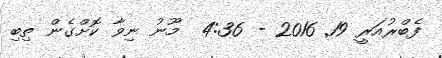
ފެބްރުއަރީ 19